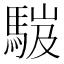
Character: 𩣞